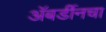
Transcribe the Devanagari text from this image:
अॅबर्डीनचा